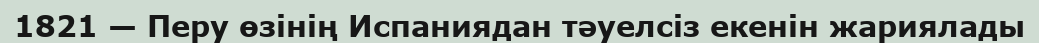
1821 — Перу өзінің Испаниядан тәуелсіз екенін жариялады